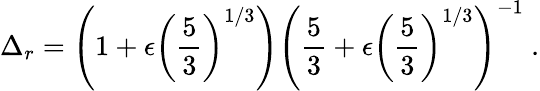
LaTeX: \Delta_{r}=\left(1+\epsilon\left(\frac 53\right)^{1/3}\right)\left(\frac 53+\epsilon\left(\frac 53\right)^{1/3}\right)^{-1}\ .